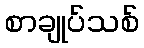
စာချုပ်သစ်